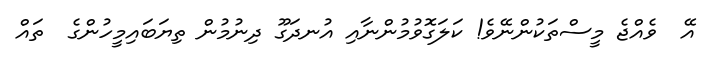
އޭ  ވެއްޖެ މީސްތަކުންނޭވެ! ކަލަގޮވުމުންނާއި އުނދަގޫ ދިނުމުން ތިޔަބައިމީހުންގެ  ތައް